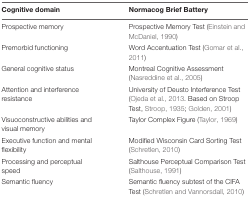
| Cognitive domain | Normacog Brief Battery |
 | --- | --- |
 | Prospective memory | Prospective Memory Test (Einstein and McDaniel, 1990) |
 | Premorbid functioning | Word Accentuation Test (Gomar et al., 2011) |
 | General cognitive status | Montreal Cognitive Assessment (Nasreddine et al., 2005) |
 | Attention and interference resistance | University of Deusto Interference Test (Ojeda et al., 2013. Based on Stroop Test, Stroop, 1935; Golden, 2001) |
 | Visuoconstructive abilities and visual memory | Taylor Complex Figure (Taylor, 1969) |
 | Executive function and mental flexibility | Modified Wisconsin Card Sorting Test (Schretlen, 2010) |
 | Processing and perceptual speed | Salthouse Perceptual Comparison Test (Salthouse, 1991) |
 | Semantic fluency | Semantic fluency subtest of the CIFA Test (Schretlen and Vannorsdall, 2010) |